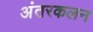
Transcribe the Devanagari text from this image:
अंतरकलन